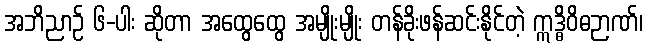
အဘိညာဉ် ၆-ပါး ဆိုတာ အထွေထွေ အမျိုးမျိုး တန်ခိုးဖန်ဆင်းနိုင်တဲ့ ဣဒ္ဓိဝိဓဉာဏ်၊